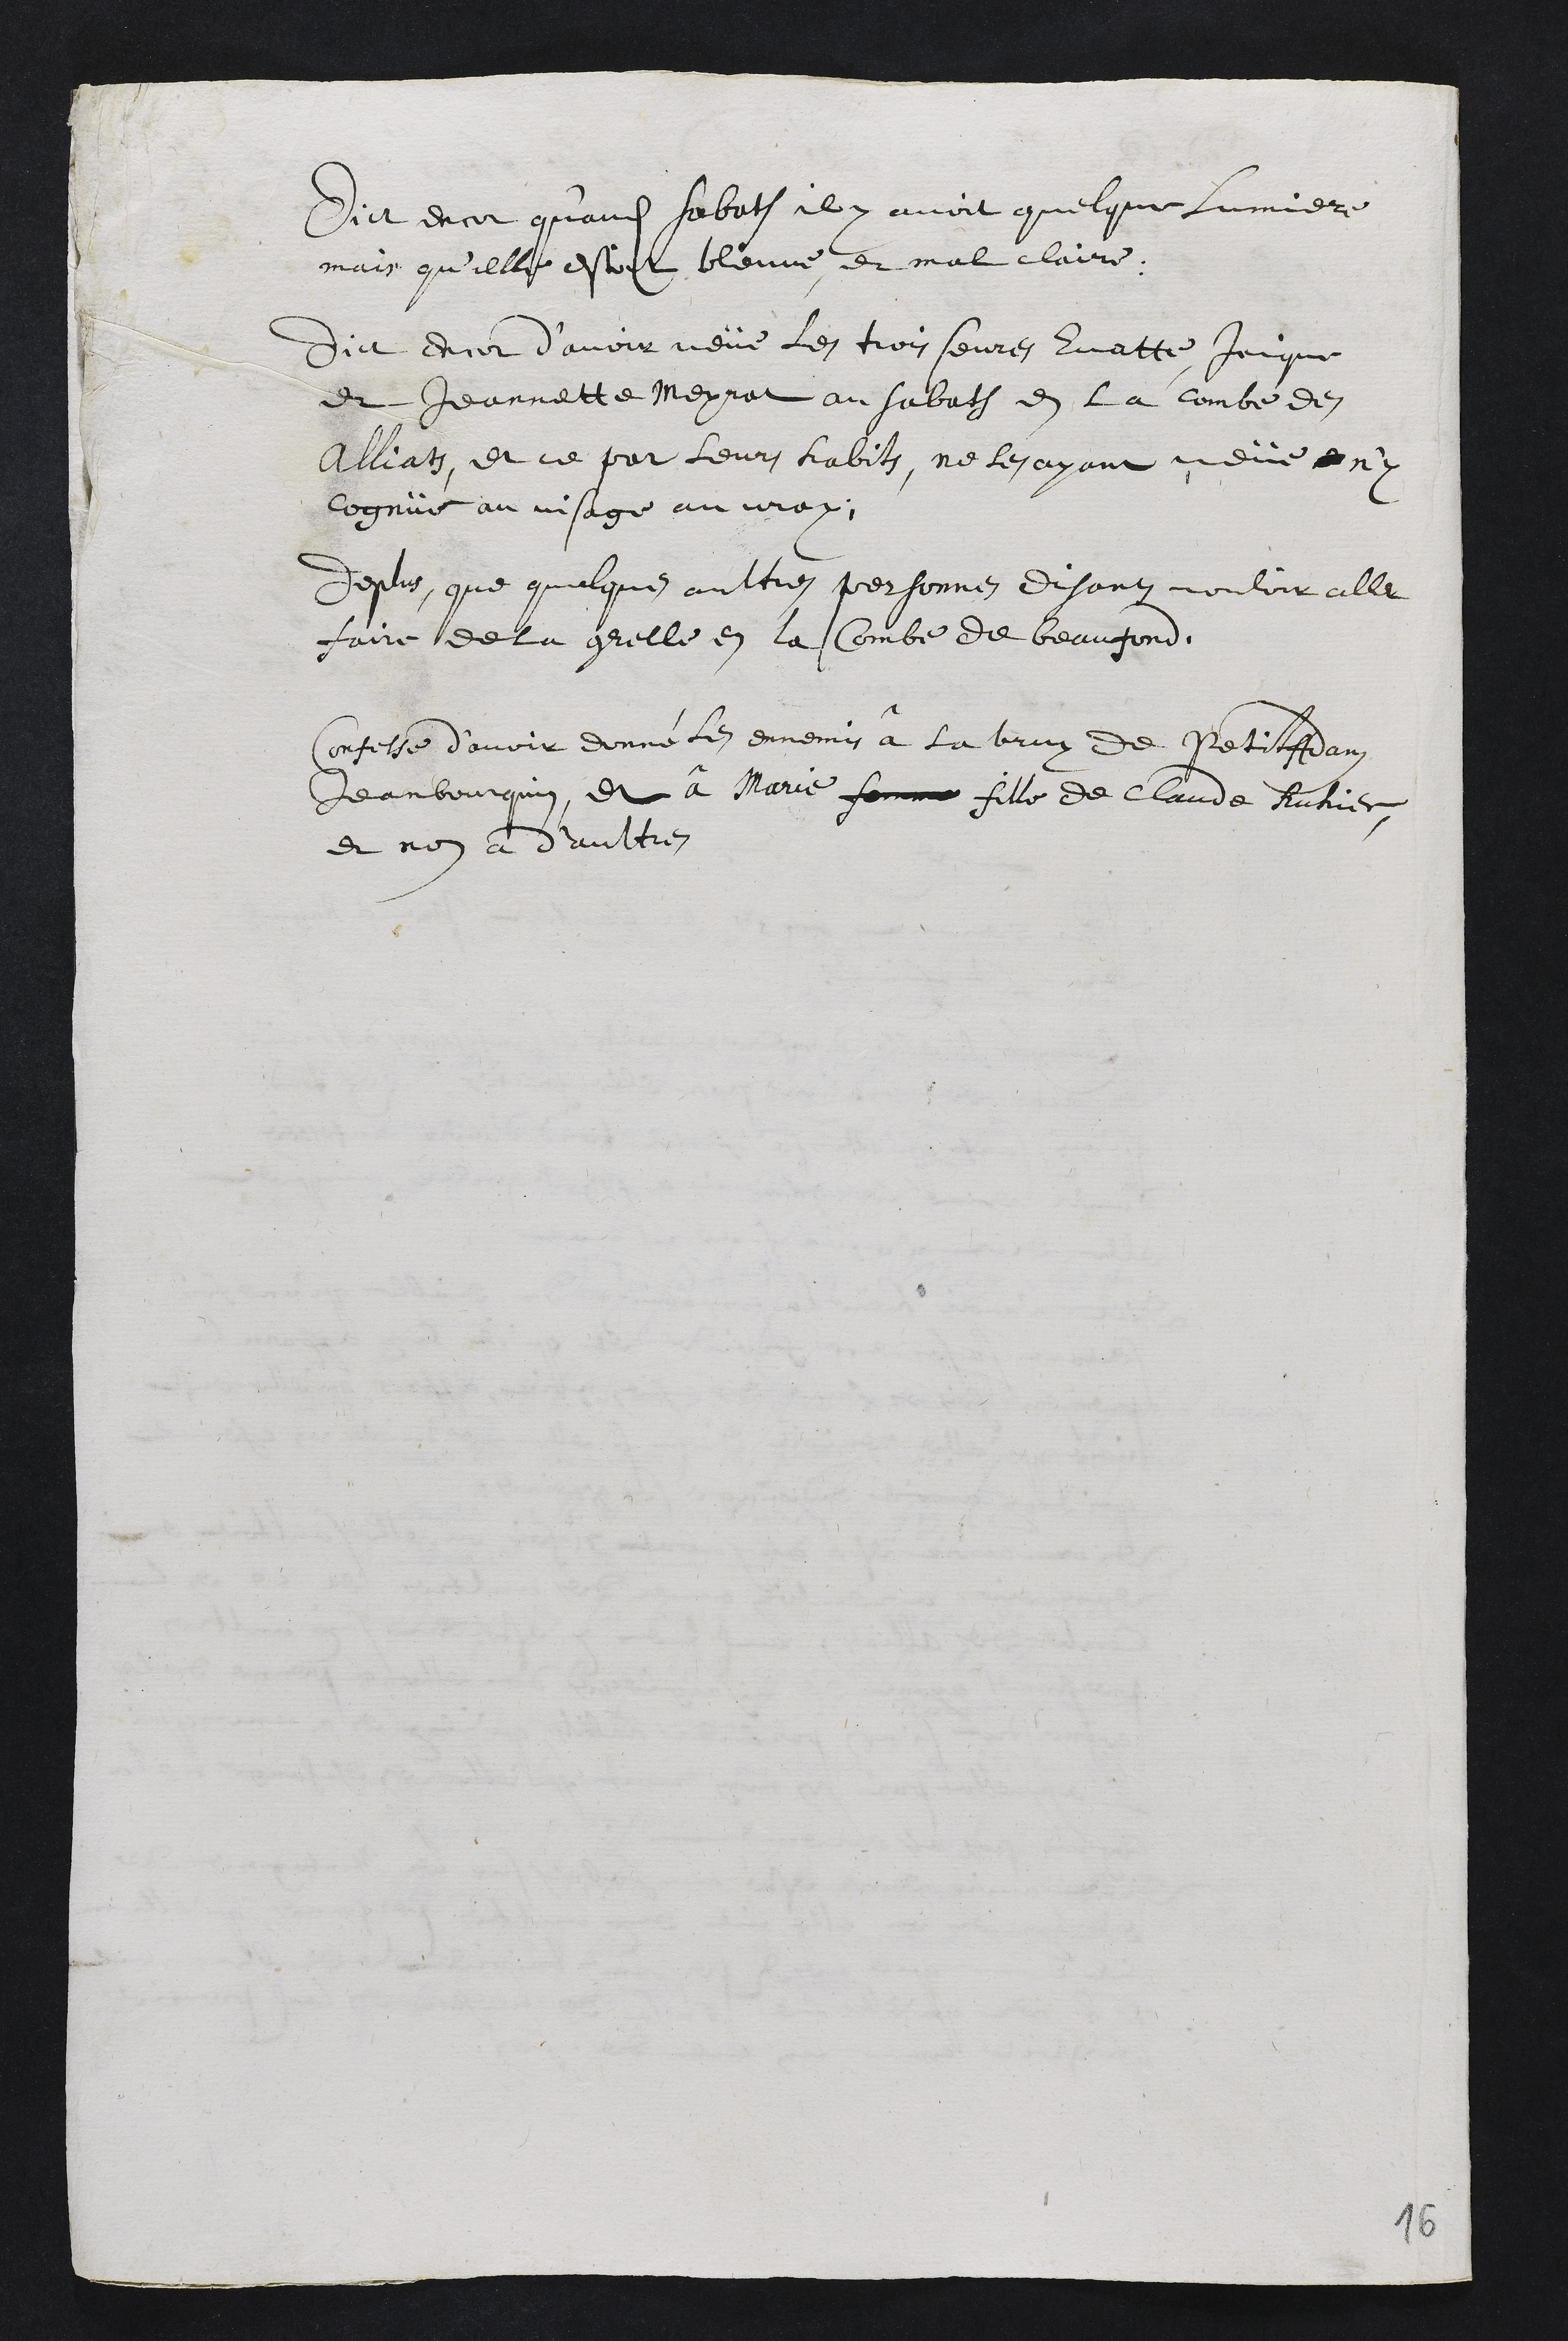
Dit encor qu'audit sabath il y avoit quelque lumiere
mais qu'elle estoit bleuue et mal claire.
Dict encor d’avoir veüe les trois seures Evatte Jaique
et Jeannette Meyret au sabath en la combe des
Alliats, et ce par leurs habits, ne les ayant veüe n'y
cognüe au visage au vray.
De plus, que quelques aultres personnes disants vouloir aller
faire de la grelle en la Combe de beaufond.
Confesse d’avoir donné les ennemis â la bruy de Petit Adam
Jeanbourquin, et â Marie femme fille de Claude Ruhier,
et non a d'aultres
16